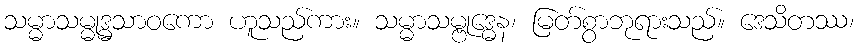
သမ္မာသမ္မုဒ္ဓသာဝကော ဟူသည်ကား။ သမ္မာသမ္ဗုဒ္ဓေန၊ မြတ်စွာဘုရားသည်။ ဒေသိတဿ၊